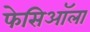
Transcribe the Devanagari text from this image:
फेसिऑला